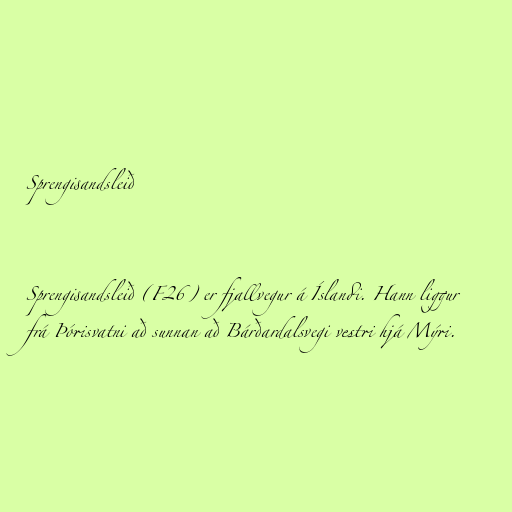
Sprengisandsleið

Sprengisandsleið (F26) er fjallvegur á Íslandi. Hann liggur
frá Þórisvatni að sunnan að Bárðardalsvegi vestri hjá Mýri.